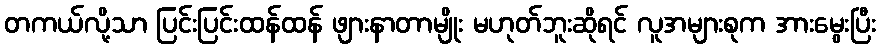
တကယ်လို့သာ ပြင်းပြင်းထန်ထန် ဖျားနာတာမျိုး မဟုတ်ဘူးဆိုရင် လူအများစုက အားမွေးပြီး